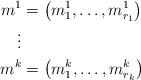
LaTeX: \begin{align*}m^1 &= \big( m^1_1, \ldots, m^1_{r_1} \big)\\\vdots &\\m^k &= \big( m^k_1, \ldots, m^k_{r_k} \big)\end{align*}